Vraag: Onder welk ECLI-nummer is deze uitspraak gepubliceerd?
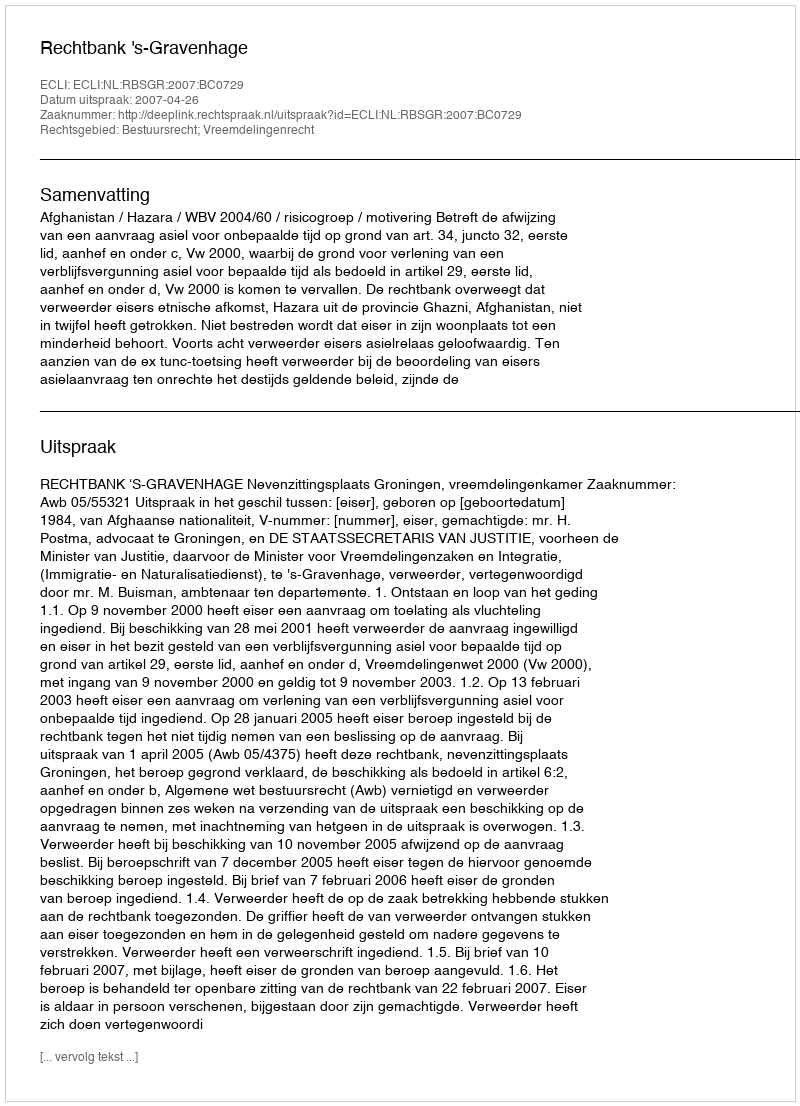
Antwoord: ECLI:NL:RBSGR:2007:BC0729